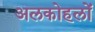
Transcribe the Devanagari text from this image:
अलकोहलों